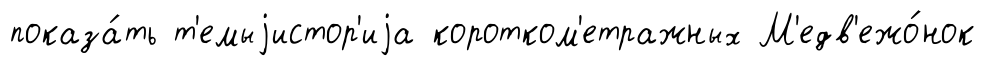
показа́ть т'емыjистор'иjа коротком'етражных М'едв'ежо́нок